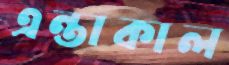
এন্তাকাল